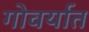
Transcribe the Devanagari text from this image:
गोवर्यात